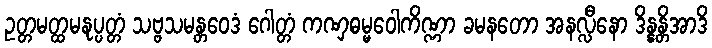
ဥတ္တမတ္ထမနုပ္ပတ္တံ သဗ္ဗသမန္တဝေဒံ ဂေါတ္တံ ကဏှဓမ္မဝေါကိဏ္ဏာ ခမနတော အနလ္လီနော ဒိန္နန္တိအာဒိ